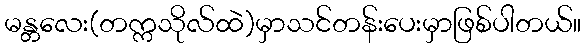
မန္တလေး(တက္ကသိုလ်ထဲ)မှာသင်တန်းပေးမှာဖြစ်ပါတယ်။